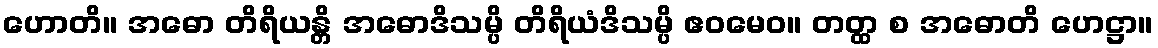
ဟောတိ။ အဓော တိရိယန္တိ အဓောဒိသမ္ပိ တိရိယံဒိသမ္ပိ ဧဝမေဝ။ တတ္ထ စ အဓောတိ ဟေဋ္ဌာ။